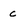
Character: c